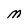
Character: M